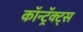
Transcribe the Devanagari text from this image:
कॉन्ट्रॅक्ट्स